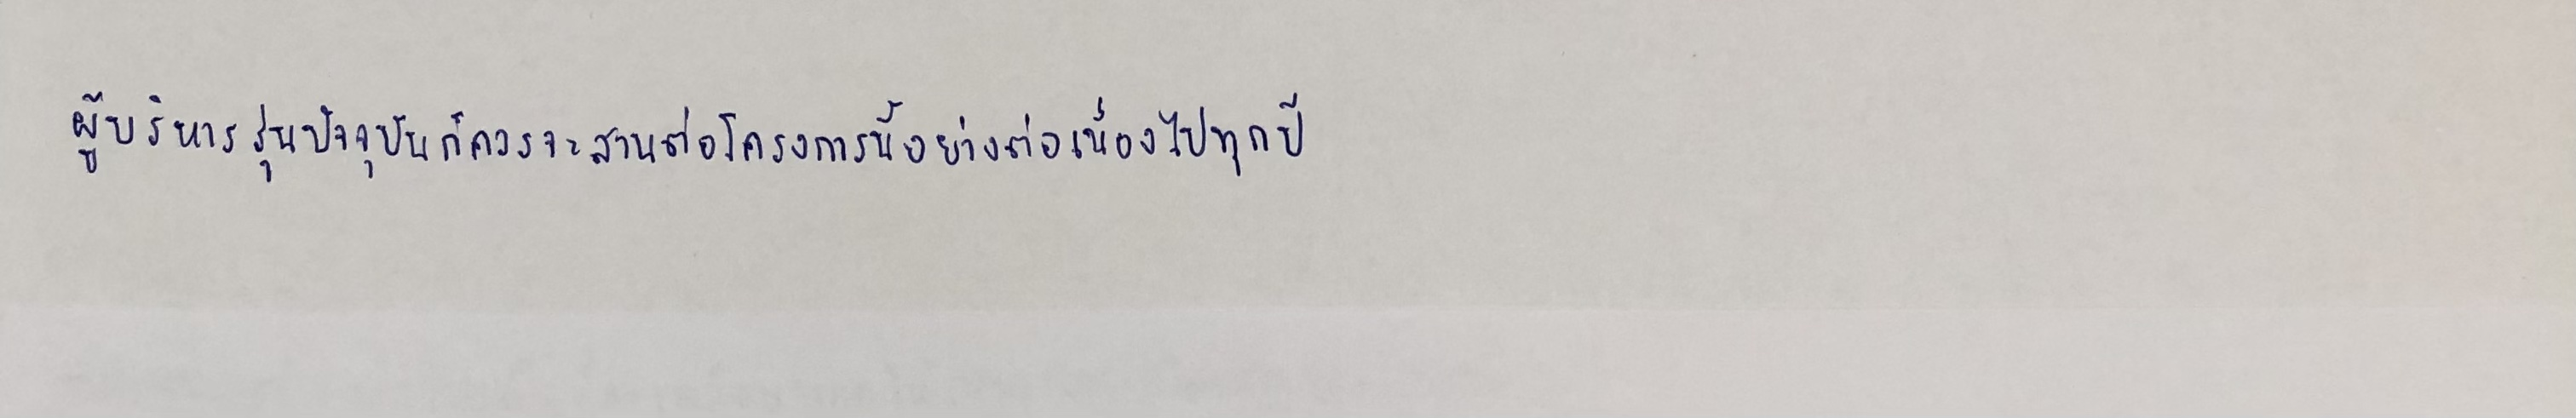
ผู้บริหารรุ่นปัจจุบันก็ควรจะสานต่อโครงการนี้อย่างต่อเนื่องไปทุกปี